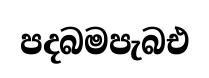
පදබමපැබඑ